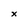
Character: x